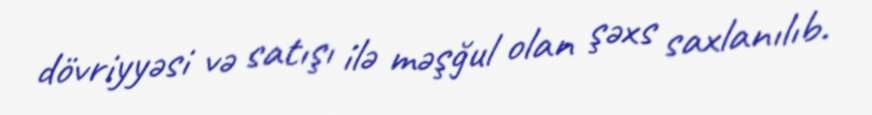
dövriyyəsi və satışı ilə məşğul olan şəxs saxlanılıb.